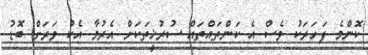
ކޮންމެ ފަހަރަކު ވެސް އެ ކަންތައްތައް ސުރުޚީތަކަށް އެރުމާ އެކު ވަރަށް ބޮޑު